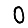
Digit: 0